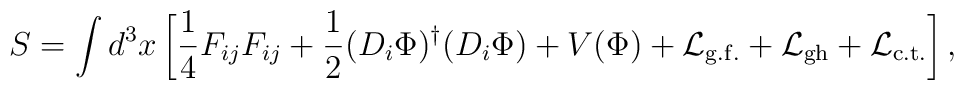
S= \int d^3x  \left[    \frac{1}{4} F_{ij} F_{ij}+    \frac{1}{2}(D_i \Phi)^{\dagger}(D_i \Phi)+V(\Phi)+    {\cal L}_{\rm g.f.}+{\cal L}_{\rm gh}          +{\cal L}_{\rm c.t.}	  \right],